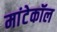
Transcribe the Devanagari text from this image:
मांटेकॉल